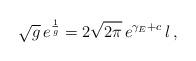
LaTeX: \begin{align*} \sqrt{g}\, e^\frac{1}{g} = 2\sqrt{2\pi}\, e^{\gamma_E+c}\, l \, ,\end{align*}